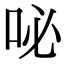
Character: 咇